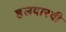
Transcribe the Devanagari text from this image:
हलवारवी